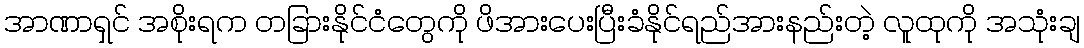
အာဏာရှင် အစိုးရက တခြားနိုင်ငံတွေကို ဖိအားပေးပြီးခံနိုင်ရည်အားနည်းတဲ့ လူထုကို အသုံးချ